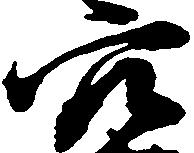
穴